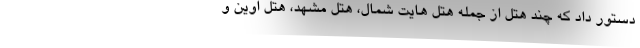
دستور داد که چند هتل از جمله هتل هایت شمال، هتل مشهد، هتل اوین و